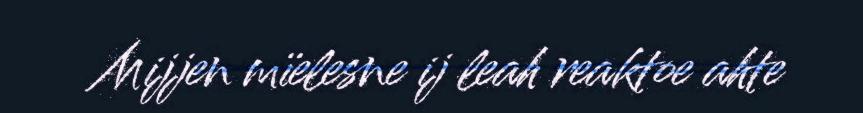
Mijjen mïelesne ij leah reaktoe ahte